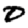
Digit: 0